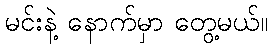
မင်းနဲ့ နောက်မှာ တွေ့မယ်။